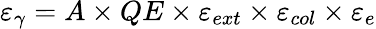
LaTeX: \varepsilon_{\gamma}=A\times QE\times\varepsilon_{ext}\times\varepsilon_{col}\times\varepsilon_{e}